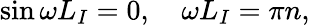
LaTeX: \sin\omega L_{I}=0,~~~~\omega L_{I}=\pi n,